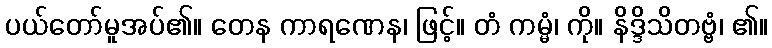
ပယ်တော်မူအပ်၏။ တေန ကာရဏေန၊ ဖြင့်။ တံ ကမ္မံ၊ ကို။ နိဒ္ဒိသိတဗ္ဗံ၊ ၏။